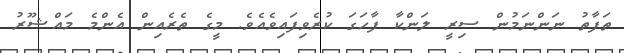
ތަފާތު ނަންނަމުން ސިރީ ލަންކާ ފާހަގަ ކުރެވިފައިވެއެވެ. މީގެ ތެރެއިން އެންމެ މައްޝޫރު